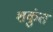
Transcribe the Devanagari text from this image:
शकुंत